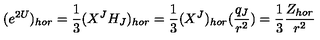
( e ^ { 2 U } ) _ { h o r } = { \frac { 1 } { 3 } } ( X ^ { J } H _ { J } ) _ { h o r } = { \frac { 1 } { 3 } } ( X ^ { J } ) _ { h o r } ( { \frac { q _ { J } } { r ^ { 2 } } } ) = { \frac { 1 } { 3 } } { \frac { Z _ { h o r } } { r ^ { 2 } } }